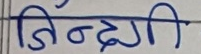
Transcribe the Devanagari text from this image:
जिन्दगी